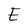
Character: E